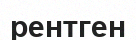
рентген